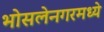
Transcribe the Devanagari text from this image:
भोसलेनगरमध्ये